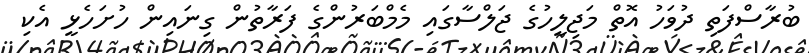
ބުރާސްފަތި ދުވަހު އޮތް މަޖިލީހުގެ ޖަލްސާގައި މެމްބަރުންގެ ފަރާތުން ގިނައިން ހުށަހެޅީ އެކި